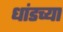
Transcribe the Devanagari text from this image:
धांडच्या